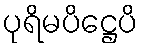
ပုရိမပိဋ္ဌေပိ